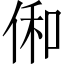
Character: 俰